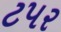
ટપર